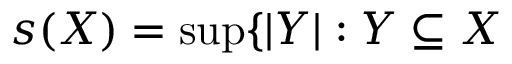
s ( X ) = \operatorname* { s u p } \{ | Y | : Y \subseteq X